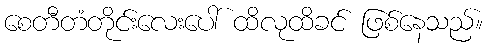
စေတီတံတိုင်းလေးပေါ် ထိလုထိခင် ဖြစ်နေသည်။